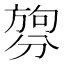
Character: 𪟑